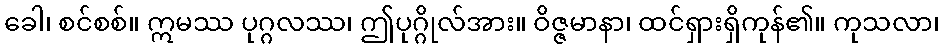
ခေါ၊ စင်စစ်။ ဣမဿ ပုဂ္ဂလဿ၊ ဤပုဂ္ဂိုလ်အား။ ဝိဇ္ဇမာနာ၊ ထင်ရှားရှိကုန်၏။ ကုသလာ၊